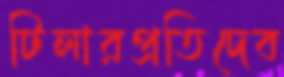
টিলারপ্রতিদেব